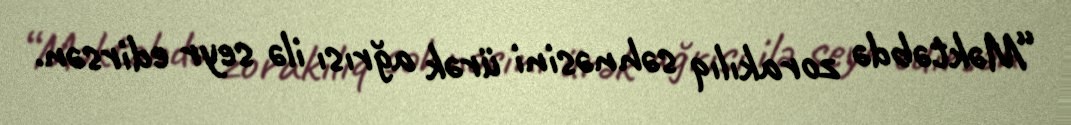
“Məktəbdə zorakılıq səhnəsini ürək ağrısı ilə seyr edirsən.